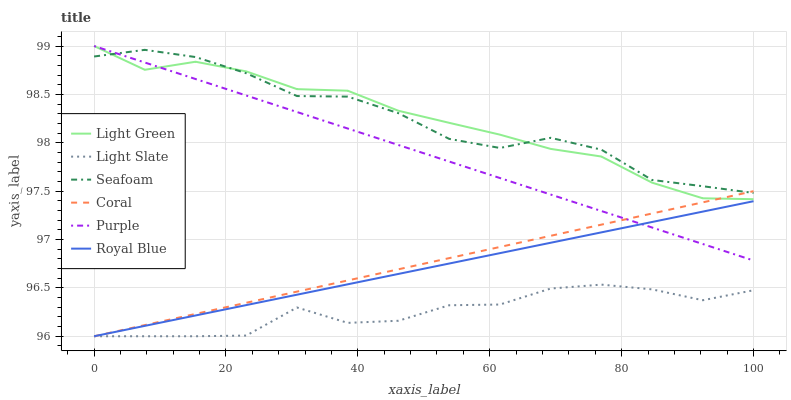
| xaxis_label | Light Green | Light Slate | Seafoam | Coral | Purple | Royal Blue |
 | --- | --- | --- | --- | --- | --- | --- |
 | 0 | 99 | 96 | 98.9 | 96 | 99 | 96 |
 | 7.69 | 98.8 | 96 | 99 | 96.1 | 98.8 | 96.1 |
 | 15.4 | 98.8 | 96 | 98.9 | 96.2 | 98.7 | 96.2 |
 | 23.1 | 98.7 | 96 | 98.7 | 96.3 | 98.5 | 96.3 |
 | 30.8 | 98.6 | 96.3 | 98.5 | 96.5 | 98.3 | 96.4 |
 | 38.5 | 98.5 | 96.1 | 98.5 | 96.6 | 98.1 | 96.5 |
 | 46.2 | 98.3 | 96.2 | 98.3 | 96.7 | 98 | 96.6 |
 | 53.8 | 98.2 | 96.3 | 98 | 96.8 | 97.8 | 96.8 |
 | 61.5 | 98.1 | 96.3 | 97.9 | 96.9 | 97.6 | 96.9 |
 | 69.2 | 97.9 | 96.5 | 98.1 | 97 | 97.5 | 97 |
 | 76.9 | 97.9 | 96.5 | 97.9 | 97.2 | 97.3 | 97.1 |
 | 84.6 | 97.6 | 96.5 | 97.6 | 97.3 | 97.1 | 97.2 |
 | 92.3 | 97.4 | 96.4 | 97.6 | 97.4 | 97 | 97.3 |
 | 100 | 97.4 | 96.5 | 97.5 | 97.5 | 96.8 | 97.4 |